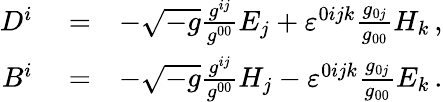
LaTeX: \begin{array}{rlr}{D^{i}}&{{}=}&{-\sqrt{-g}\frac{g^{ij}}{g^{00}}E_{j}+\varepsilon^{0ijk}\frac{g_{0j}}{g_{00}}H_{k}\, ,}\\ {B^{i}}&{{}=}&{-\sqrt{-g}\frac{g^{ij}}{g^{00}}H_{j}-\varepsilon^{0ijk}\frac{g_{0j}}{g_{00}}E_{k}\, .}\end{array}